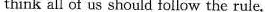
think all of us should follow the rule.